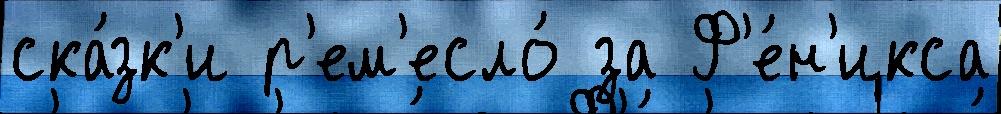
ска́зк'и р'ем'есло́ за Ф'е́н'икса